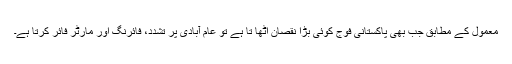
معمول کے مطابق جب بھی پاکستانی فوج کوئی بڑا نقصان اُٹھا تا ہے تو عام آبادی پر تشدد، فائرنگ اور مارٹر فائر کرتا ہے۔